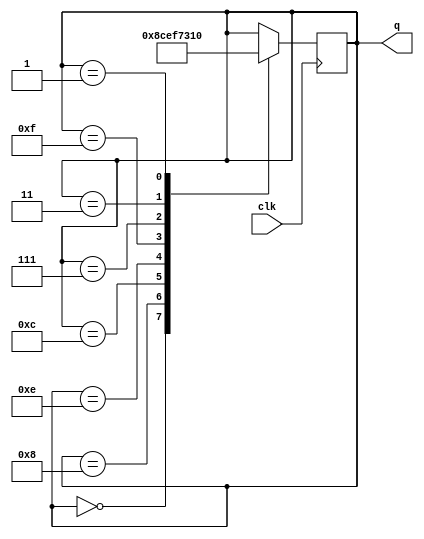
`timescale 1ns / 1ps
//////////////////////////////////////////////////////////////////////////////////
// Company: 
// Engineer: 
// 
// Design Name: 
// Module Name: ring_counter
// Project Name: 
// Target Devices: 
// Tool Versions: 
// Description: 
// 
// Dependencies: 
// 
// Revision:
// Revision 0.01 - File Created
// Additional Comments:
// 
//////////////////////////////////////////////////////////////////////////////////
module johnson_counter( 
  input clk,
  output reg[3:0] q
);
always @(posedge clk)
begin
case(q)
4'd0: q=4'd8;
4'd8: q=4'd12;
4'd12: q=4'd14;
4'd14: q=4'd15;
4'd15: q=4'd7;
4'd7:  q=4'd3;
4'd3:  q=4'd1;
4'd1:  q=4'd0;
endcase
end

endmodule